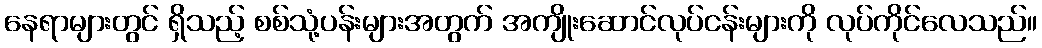
နေရာများတွင် ရှိသည့် စစ်သုံ့ပန်းများအတွက် အကျိုးဆောင်လုပ်ငန်းများကို လုပ်ကိုင်လေသည်။